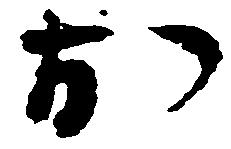
お